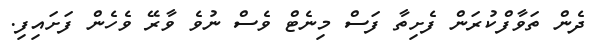
ދެން ތަވާފްކުރަން ފެށިތާ ފަސް މިނެޓް ވެސް ނުވެ ވާރޭ ވެހެން ފަށައިފި.